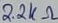
Text: 2.2KΩ